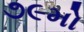
૭૯મો